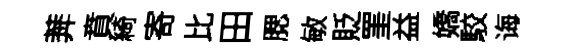
莾賁綺寄比田腮敏貶罣益嬌駮诲